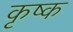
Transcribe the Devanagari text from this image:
कृष्क